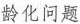
龄化问题